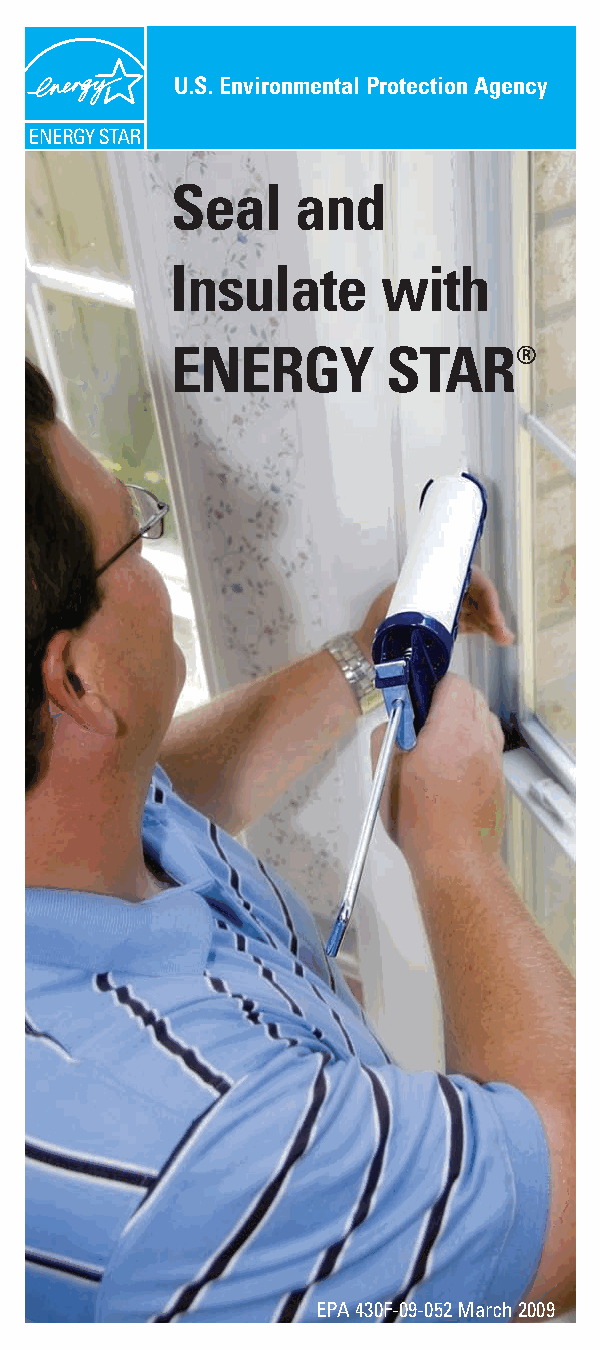
WHY   SEAL AND   INSULATE?
 U.S. Environmental Protection Agency
 Sealing and insulating the "envelope" or "shell" of your
 home—its outer walls, ceiling, windows, doors, and
 floors—is often the most cost effective way to improve
 Seal     and
 energy efficiencyand comfort. A knowledgeable
 homeowner or skilled contractor can save up to 20% on
 heating and cooling costs (or up to 10% on total annual
 energy bills) by sealing and insulating.                                               Insulate      with
 To Seal and Insulate with ENERGY STAR:
 •Seal air leaksthroughout the home to stop drafts,                                     ENERGY         STAR®
 •Add insulationto block heat loss in winter and heat
 gain in summer,and
 •Choose ENERGY STARqualified windows when
 replacing.
 BENEFITS
 •Lower utility bills
 •Improved comfort, especially during summer
 and winter
 •Reduced noise from outside
 •Less pollen, dust, and insects entering your home
 •Better humidity control
 GETTINGSTARTED
 If your attic is accessible and you like home improvement
 projects, check out our DIYGuide to Sealing and
 Insulating with ENERGYSTAR, available at energystar.gov.
 The Guide offers step-by-step instructions for sealing
 common air leaks and adding insulation to the attic.
 For a more comprehensive approach, hire a contractor
 that uses special diagnostic tools to pinpoint and seal the
 hidden air leaks in your home. Ask local insulating
 companies or home energy professionals if they offer
 these services.
 UNITEDSTATES
 ENVIRONMENTAL
 PROTECTIONAGENCY
 6202J
 WASHINGTONDC 20460
 Recycled/Recyclable—Printed with vegetable oil based inks on
 recycled paper (Minimum 50% post-consumer content)   EPA 430F-09-052 March 2009